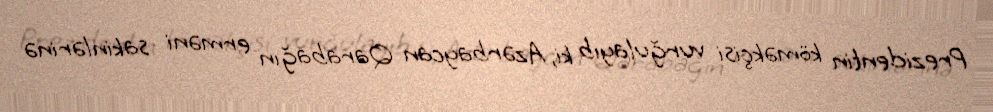
Prezidentin köməkçisi vurğulayıb ki, Azərbaycan Qarabağın erməni sakinlərinə